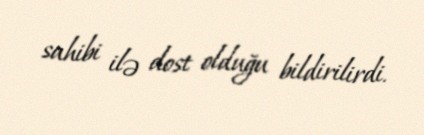
sahibi ilə dost olduğu bildirilirdi.